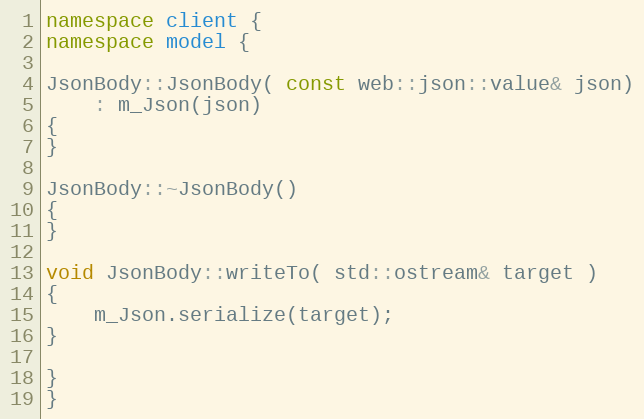
Language: C++
namespace client {
namespace model {

JsonBody::JsonBody( const web::json::value& json)
    : m_Json(json)
{
}

JsonBody::~JsonBody()
{
}

void JsonBody::writeTo( std::ostream& target )
{
    m_Json.serialize(target);
}

}
}